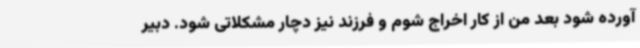
آورده ‌شود بعد من از کار اخراج شوم و فرزند نیز دچار مشکلاتی شود. دبیر